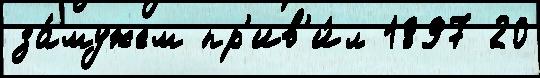
за́мужем пр'ив'и́л 1897 20